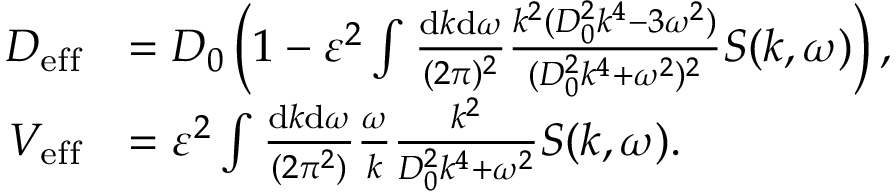
\begin{array} { r l } { D _ { \mathrm { e f f } } } & { = D _ { 0 } \left( 1 - \varepsilon ^ { 2 } \int \frac { \mathrm { d } k \mathrm { d } \omega } { ( 2 \pi ) ^ { 2 } } \frac { k ^ { 2 } ( D _ { 0 } ^ { 2 } k ^ { 4 } - 3 \omega ^ { 2 } ) } { ( D _ { 0 } ^ { 2 } k ^ { 4 } + \omega ^ { 2 } ) ^ { 2 } } S ( k , \omega ) \right) , } \\ { V _ { \mathrm { e f f } } } & { = \varepsilon ^ { 2 } \int \frac { \mathrm { d } k \mathrm { d } \omega } { ( 2 \pi ^ { 2 } ) } \frac { \omega } { k } \frac { k ^ { 2 } } { D _ { 0 } ^ { 2 } k ^ { 4 } + \omega ^ { 2 } } S ( k , \omega ) . } \end{array}